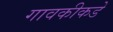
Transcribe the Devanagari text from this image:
गावकीकडे